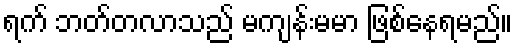
ရက် ဘတ်တလာသည် မကျန်းမမာ ဖြစ်နေရမည်။